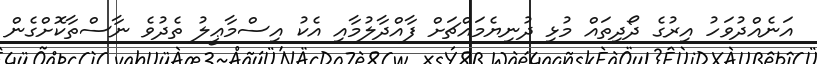
އަނެއްދުވަހު އިރުގެ ދޯދިތައް މުޅި ދުނިޔެމައްޗަށް ފާއްދާލުމާއި އެކު އިސްމާޢީލު ތެދުވެ ނާސްތާކޮށްގެން